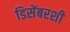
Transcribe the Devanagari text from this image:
डिसेंबरशी